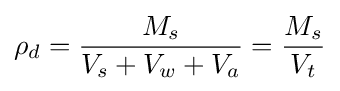
\rho _{d}={\frac {M_{s}}{V_{s}+V_{w}+V_{a}}}={\frac {M_{s}}{V_{t}}}